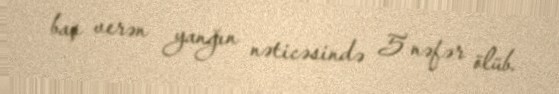
baş verən yanğın nəticəsində 5 nəfər ölüb.